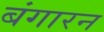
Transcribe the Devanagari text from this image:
बंगारन